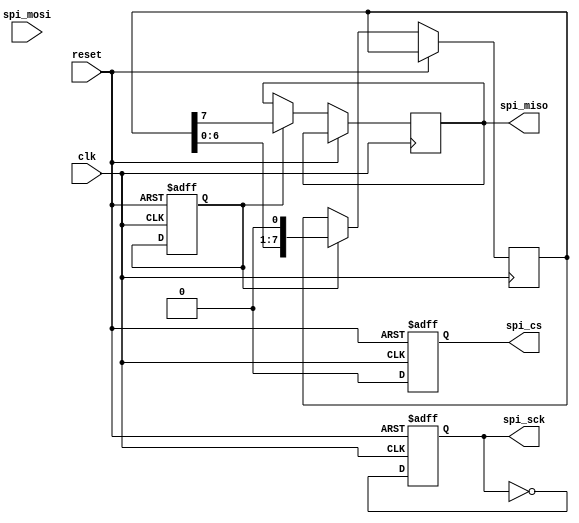
module SPI_Controller (
    input wire clk,           // Clock signal
    input wire reset,         // Reset signal
    input wire spi_mosi,      // Master Out Slave In data signal
    output wire spi_miso,     // Master In Slave Out data signal
    output wire spi_sck,      // Clock signal for SPI communication
    output wire spi_cs        // Chip Select signal
);

// Clock generator
always @(posedge clk or posedge reset) begin
    if (reset) begin
        spi_sck <= 0;
    end else begin
        spi_sck <= ~spi_sck; // Generate clock signal
    end
end

// Data transfer control
reg [7:0] data_in;
reg [7:0] data_out;
reg transmit_enable;

always @(posedge clk or posedge reset) begin
    if (reset) begin
        data_in <= 8'b0;
        transmit_enable <= 0;
    end else if (transmit_enable) begin
        // Transmit data to slave device
        spi_miso <= data_out[7];
        data_out <= {data_out[6:0], 1'b0};
    end else begin
        // Receive data from master device
        data_in <= {spi_mosi, data_in[7:1]};
    end
end

// Chip select control
always @(posedge clk or posedge reset) begin
    if (reset) begin
        spi_cs <= 1;
    end else begin
        spi_cs <= 0; // Chip select signal
    end
end

endmodule